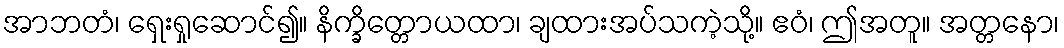
အာဘတံ၊ ရှေးရှုဆောင်၍။ နိက္ခိတ္တောယထာ၊ ချထားအပ်သကဲ့သို့။ ဧဝံ၊ ဤအတူ။ အတ္တနော၊